Document type: Emphyteutic lease
Year: 1473
Scribe: [Unknown]
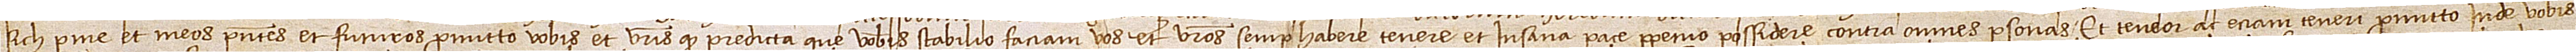
sich  per me et meos presentes et futuros promitto vobis et vestris quod predicta que vobis stabilio faciam vos et vestros semper habere, tenere et in sana pace perpetuo possidere contra omnes personas. Et teneor ac etiam teneri promitto inde vobis